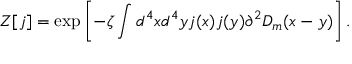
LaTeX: { \cal Z } [ j ] = \exp \left[ - \zeta \int d ^ { 4 } x d ^ { 4 } y j ( x ) j ( y ) \partial ^ { 2 } D _ { m } ( x - y ) \right] .